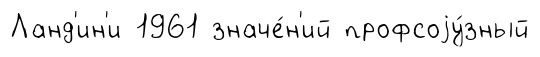
Ланд'ин'и 1961 значе́н'ий профсоjу́зный